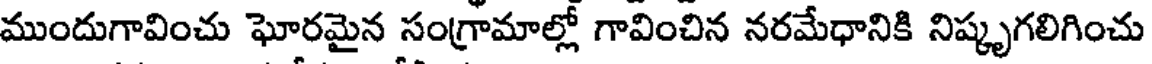
ముందుగావించు ఘోరమైన సంగ్రామాల్లో గావించిన నరమేధానికి నిష్కృగలిగించు